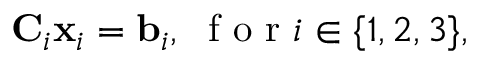
\mathbf { C } _ { i } \mathbf { x } _ { i } = \mathbf { b } _ { i } , \; \mathrm { ~ f ~ o ~ r ~ } i \in \{ 1 , 2 , 3 \} ,